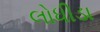
લોધીડા